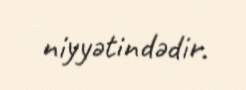
niyyətindədir.